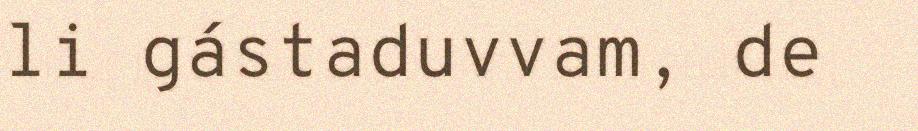
li gástaduvvam, de